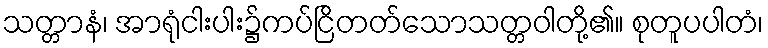
သတ္တာနံ၊ အာရုံငါးပါး၌ကပ်ငြိတတ်သောသတ္တဝါတို့၏။ စုတူပပါတံ၊